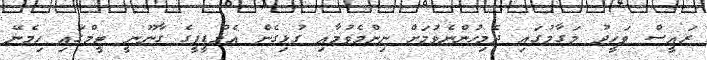
ރައީސް ވަހީދު މަގާމުގައި ދެމިހުންނެވުމަށް ނިންމެވުމާއި ގުޅިގެން އެމްޑީޕީގެ ގާނޫނީ ޓީމްގައި ހިމެނޭ